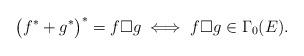
LaTeX: \begin{align*}\big(f^*+g^*\big)^*=f\Box g\;\Longleftrightarrow\;f\Box g\in\Gamma_0(E).\end{align*}